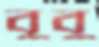
বুবু